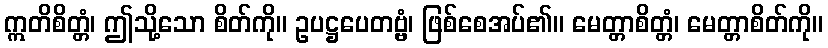
ဣတိစိတ္တံ၊ ဤသို့သော စိတ်ကို။ ဥပဋ္ဌပေတဗ္ဗံ၊ ဖြစ်စေအပ်၏။ မေတ္တာစိတ္တံ၊ မေတ္တာစိတ်ကို။